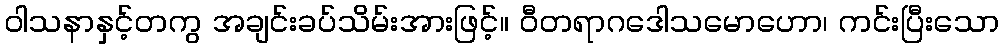
ဝါသနာနှင့်တကွ အချင်းခပ်သိမ်းအားဖြင့်။ ဝီတရာဂဒေါသမောဟော၊ ကင်းပြီးသော